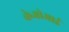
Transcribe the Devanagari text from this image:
केओआई